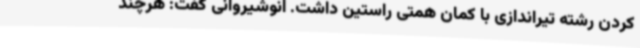
کردن رشته تیراندازی با کمان همتی راستین داشت. انوشیروانی گفت: هرچند